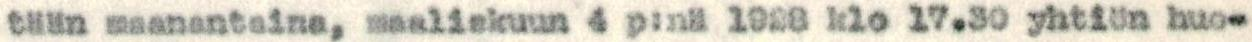
tään maanantaina, maaliskuun 4 p:nä 1929 klo 17.30 yhtiön huo-